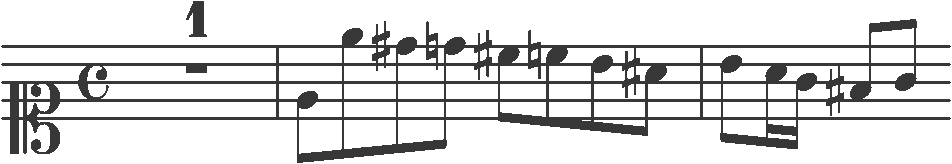
Transcription: clef-C1 timeSignature-C multirest-1 barline note-E4_eighth note-E5_eighth note-D#5_eighth note-D5_eighth note-C#5_eighth note-C5_eighth note-B4_eighth note-A#4_eighth barline note-B4_eighth note-A4_sixteenth note-G4_sixteenth note-F#4_eighth note-G4_eighth